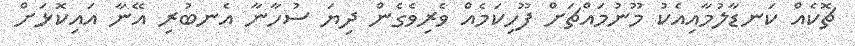
ޗޮކެއް ކަނޑާލުމާއިއެކު މޫނުމައްޗަށް ފޫހިކަމެއް ވެރިވެގެން ދިޔަ ސުހާނާ އެނބުރި އޭނާ އައިކޮޅަށް